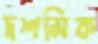
দশমিক